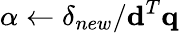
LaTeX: \alpha\leftarrow\delta_{new}/\mathbf{d}^{T}\mathbf{q}